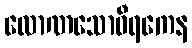
လောဏသောဝီရကေန